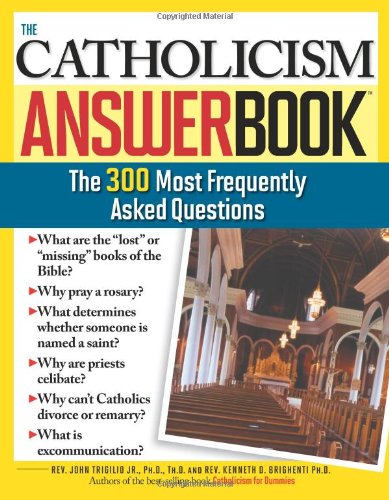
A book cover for The Catholicism Answer Book: The 300 Most Frequently Asked Questions; Kenneth Brighenti Ph.D.  Rev.; Reference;